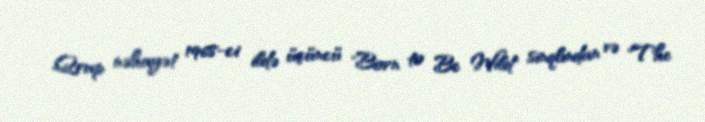
Qrup nəhayət 1968-ci ildə üçüncü "Born to Be Wild" sinqlından və "The